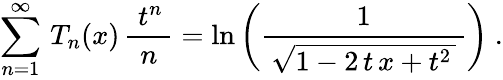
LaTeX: \sum_{n=1}^{\infty}\, T_{n}(x)\, {\frac{\; t^{n}\, }{n}}=\ln\left({\frac{1}{\, {\sqrt{1-2\, t\, x+t^{2}\, }}\, }}\right)~.